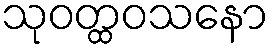
သုဝတ္ထဝသနော